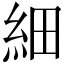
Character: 細